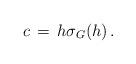
LaTeX: \begin{align*}c \,=\, h \sigma_G(h)\, .\end{align*}